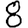
Digit: 8